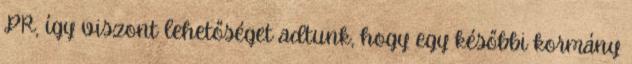
PR, így viszont lehetőséget adtunk, hogy egy későbbi kormány